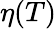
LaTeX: \eta(T)